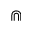
\Cap